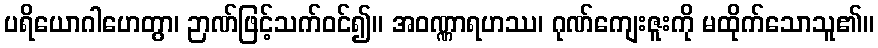
ပရိယောဂါဟေတွာ၊ ဉာဏ်ဖြင့်သက်ဝင်၍။ အဝဏ္ဏာရဟဿ၊ ဂုဏ်ကျေးဇူးကို မထိုက်သောသူ၏။